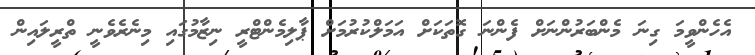
އެހެންވީމަ ގިނަ މެންބަރުންނަށް ފެންނަ ގޮތަކަށް އަމަލްކުރުމަށް ޕާލިމެންޓްރީ ނިޒާމުގައި މިނެރެވެނީ ތްރީލައިން